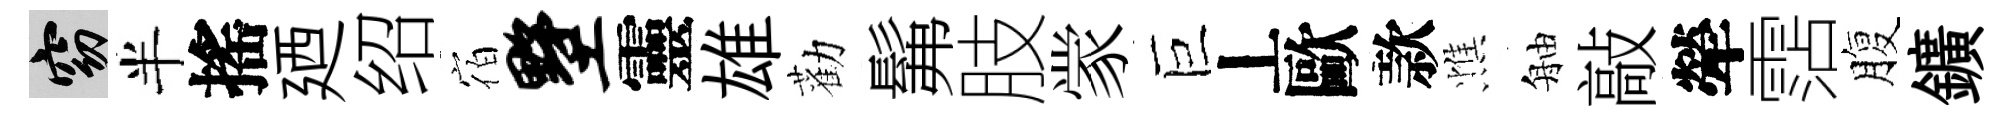
窈半搖廼绍宿墅靈雄勸髴肢䝉巨丄歐款憔舳敲犖霑腹鑛